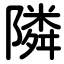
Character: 隣